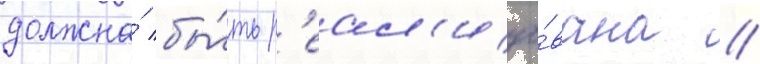
должна́ бы́ть р'еал'изо́вана //